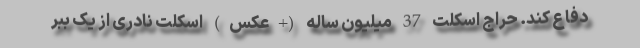
دفاع کند. حراج اسکلت 37 میلیون ‌ساله (+عکس) اسکلت نادری از یک ببر